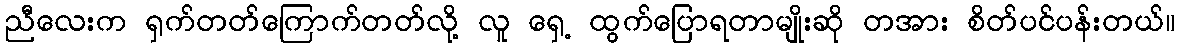
ညီလေးက ရှက်တတ်ကြောက်တတ်လို့ လူ ရှေ့ ထွက်ပြောရတာမျိုးဆို တအား စိတ်ပင်ပန်းတယ်။